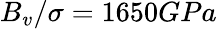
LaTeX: B_{v}/\sigma=1650GPa